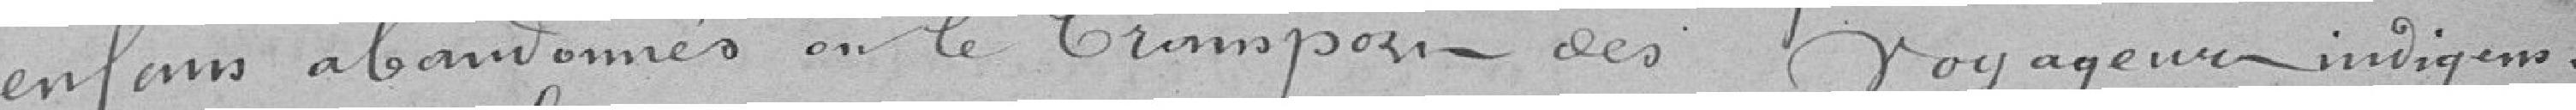
enfants abandonnés en le transport des voyageurs indigènes.